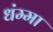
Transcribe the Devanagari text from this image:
धंम्मा